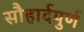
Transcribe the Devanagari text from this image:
सौहार्दपुर्ण